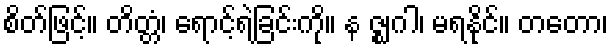
စိတ်ဖြင့်။ တိတ္တံ၊ ရောင့်ရဲခြင်းကို။ န ဇ္ဈဂါ၊ မရနိုင်။ တတော၊